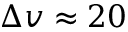
\Delta v \approx 2 0